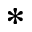
^ \ast